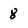
Character: 8